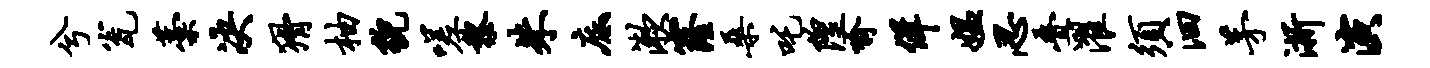
兮瓮藁决猾柚貌嗟黎朱底漱窿桑吒隍喻佯媪忍叠濯须汩茅浙演